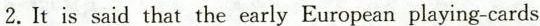
2.It is said that the early European playing-cards